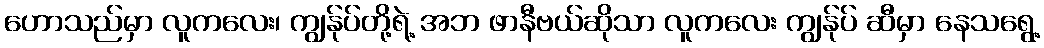
ဟောသည်မှာ လူကလေး၊ ကျွန်ုပ်တို့ရဲ့ အဘ ဖာနီဗယ်ဆိုသာ လူကလေး ကျွန်ုပ် ဆီမှာ နေသရွေ့